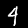
Label: 4